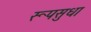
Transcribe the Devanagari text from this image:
रूपसुधा